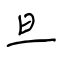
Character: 旦